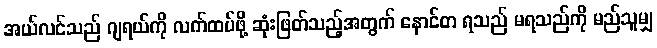
အယ်လင်သည် ဂျရယ်ကို လက်ထပ်ဖို့ ဆုံးဖြတ်သည့်အတွက် နောင်တ ရသည် မရသည်ကို မည်သူမျှ